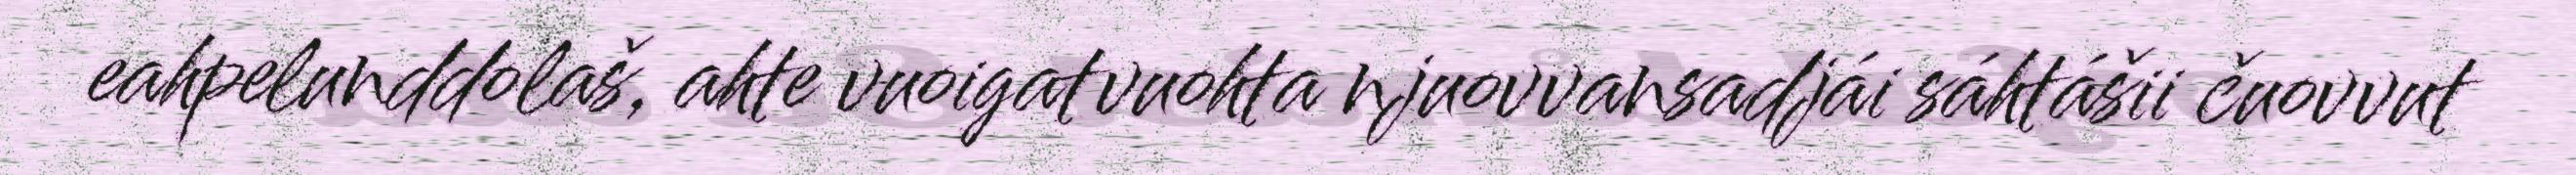
eahpelunddolaš, ahte vuoigatvuohta njuovvansadjái sáhtášii čuovvut